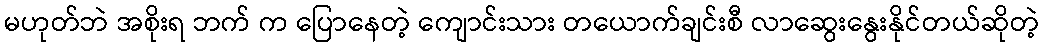
မဟုတ်ဘဲ အစိုးရ ဘက် က ပြောနေတဲ့ ကျောင်းသား တယောက်ချင်းစီ လာဆွေးနွေးနိုင်တယ်ဆိုတဲ့